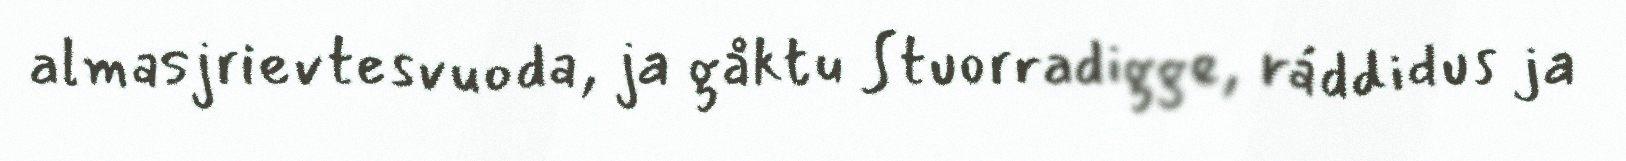
almasjrievtesvuoda, ja gåktu Stuorradigge, ráddidus ja